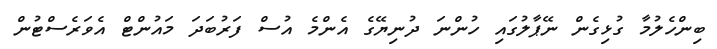
ބިންހެލުމާ ގުޅިގެން ނޭޕާލުގައި ހުންނަ ދުނިޔޭގެ އެންމެ އުސް ފަރުބަދަ މައުންޓް އެވަރެސްޓުން